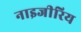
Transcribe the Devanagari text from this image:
नाइजीरिय